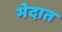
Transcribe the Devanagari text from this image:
भेदात